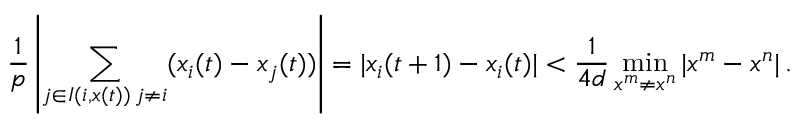
\frac { 1 } { p } \left| \sum _ { \substack { j \in I ( i , x ( t ) ) \, j \neq i } } ( x _ { i } ( t ) - x _ { j } ( t ) ) \right| = | x _ { i } ( t + 1 ) - x _ { i } ( t ) | < \frac { 1 } { 4 d } \operatorname* { m i n } _ { x ^ { m } \neq x ^ { n } } | x ^ { m } - x ^ { n } | \, .